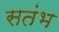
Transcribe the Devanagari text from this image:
सतंभ